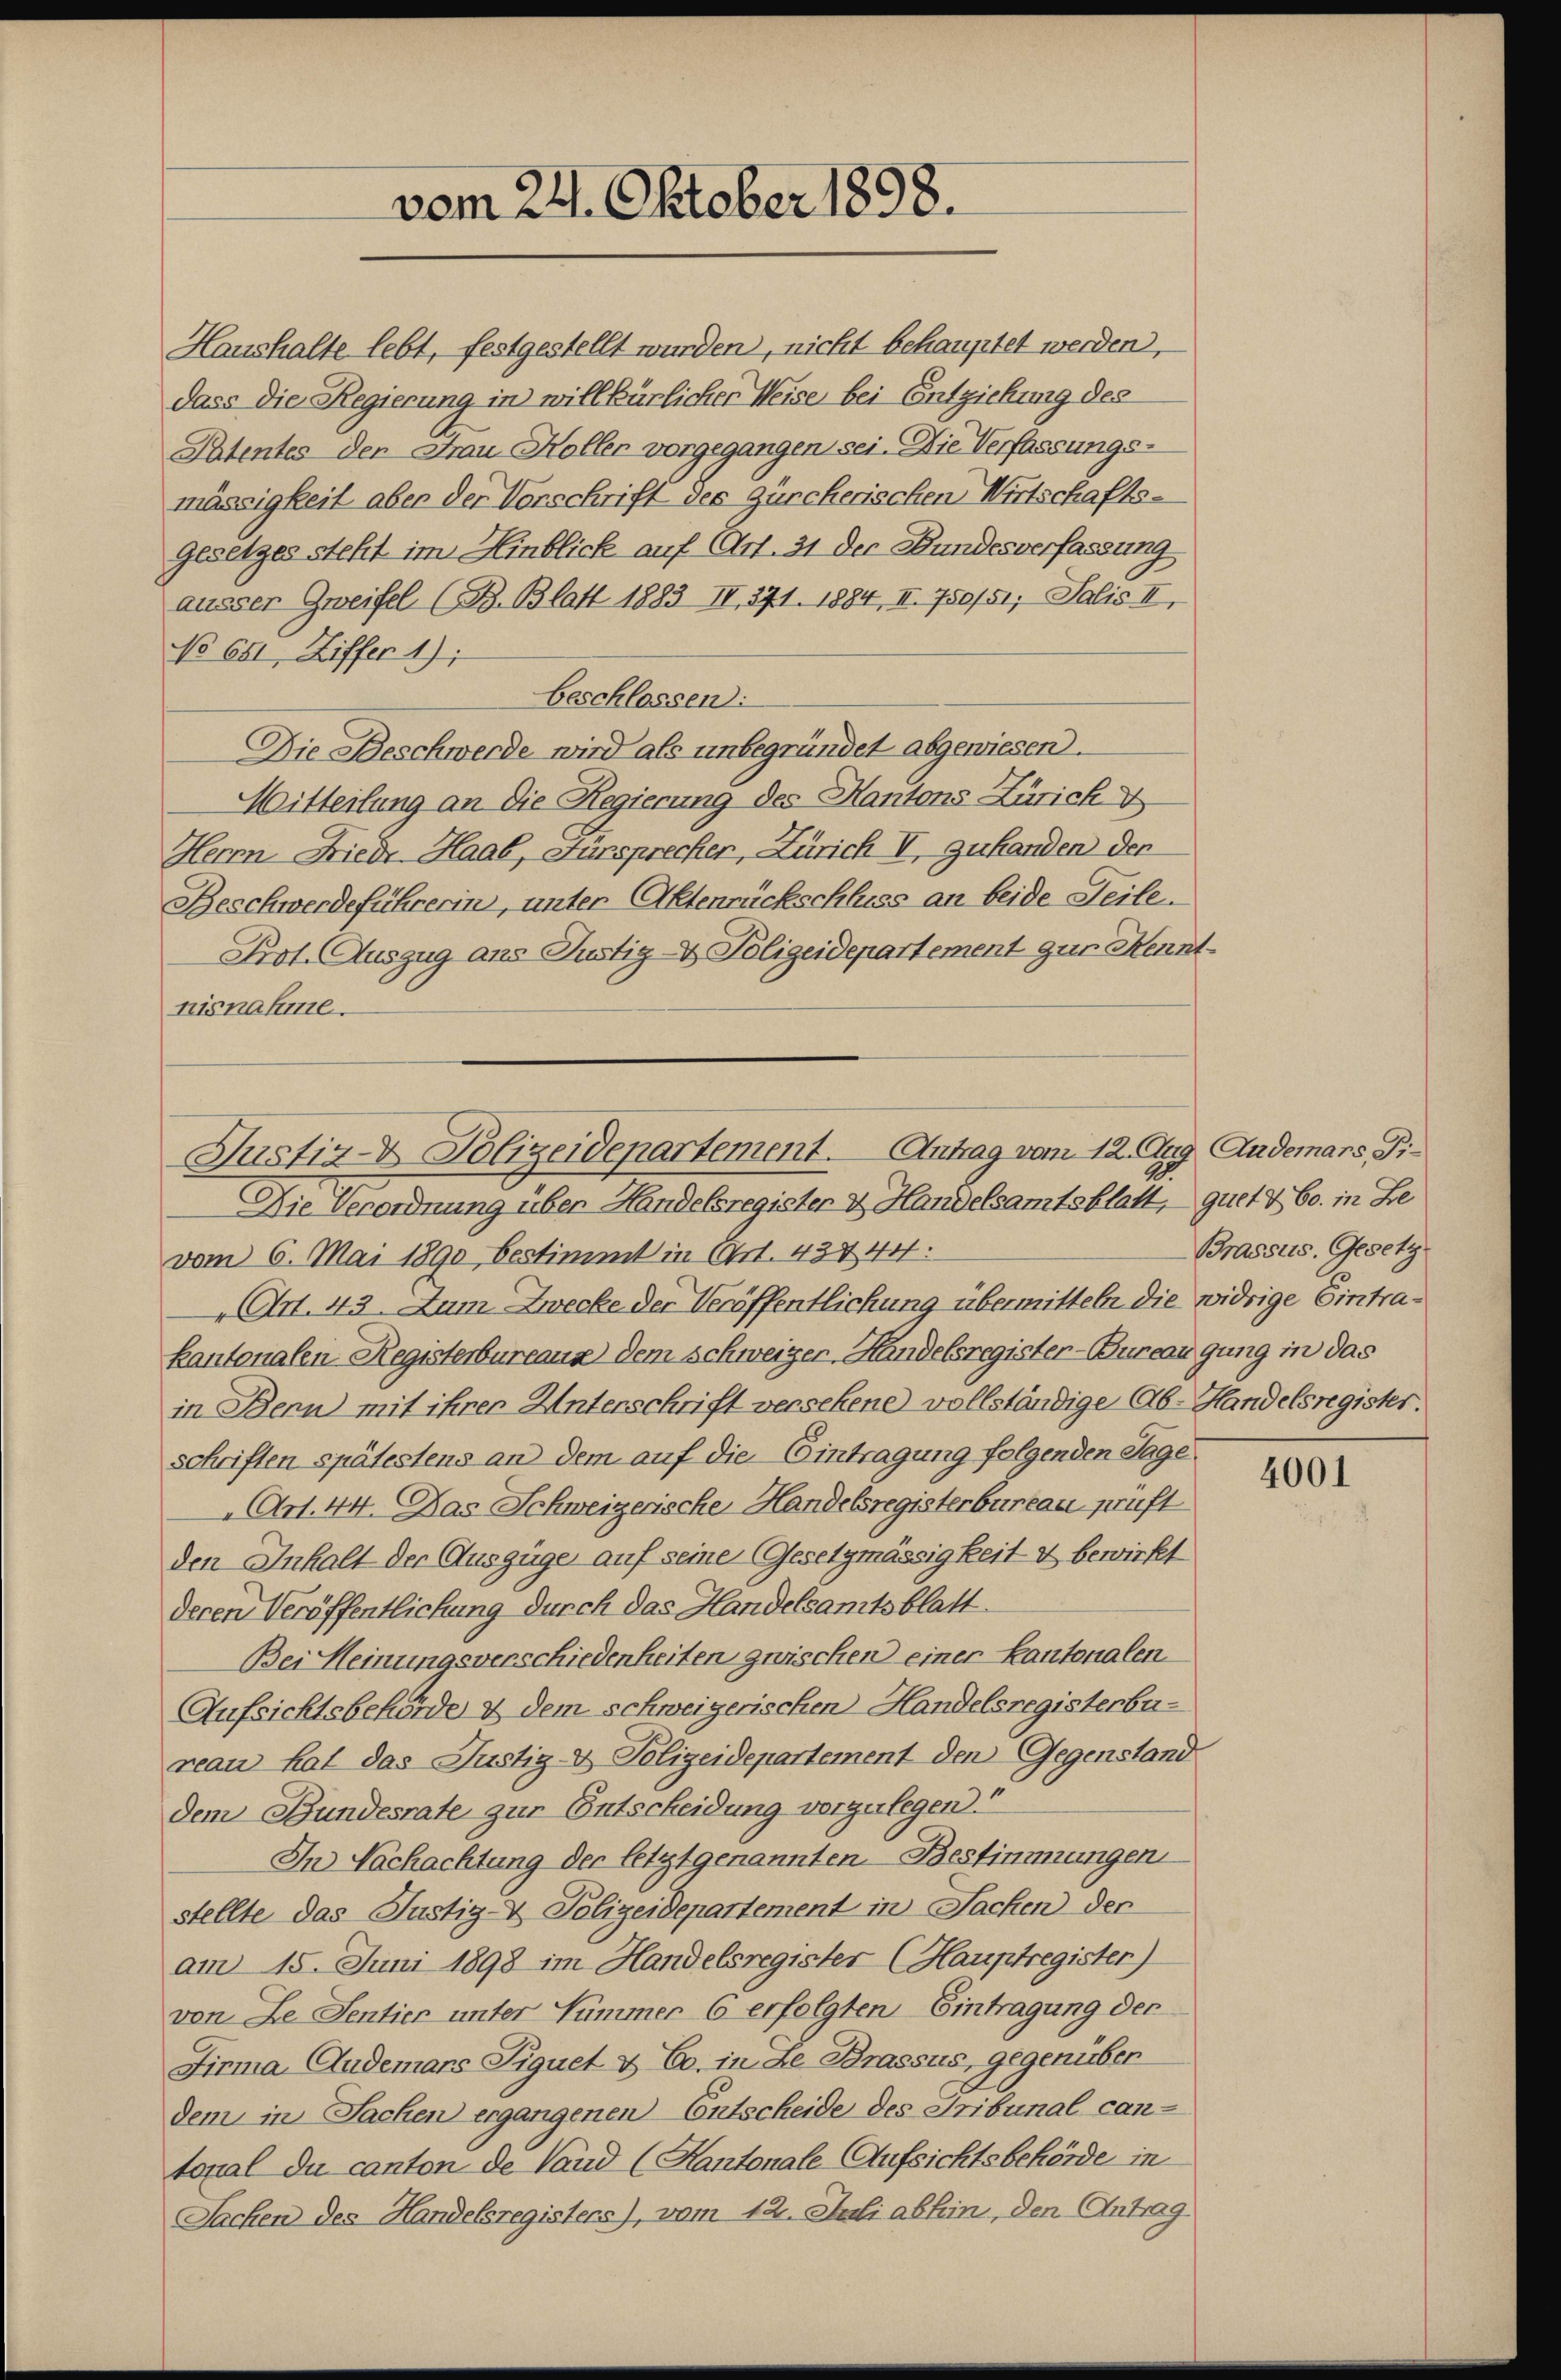
vom 24. Oktober 1898.

Haushalte lebt, festgestellt wurden, nicht behauptet werden,
dass die Regierung in willkürlicher Weise bei Entziehung des
Patentes der Frau Koller vorgegangen sei. Die Verfassungs-
mässigkeit aber der Vorschrift des Zürcherischen Wirtschafts-
gesetzes steht im Hinblick auf (Art. 31 der Bundesverfassung
äusser Zweifel (B. Blatt 1883 II, 371. 1884, II. 750/51; Salis II,
No 681, Ziffer 1),
beschlossen:
Die Beschwerde wird als unbegründet abgewiesen.
Mitteilung an die Regierung des Hantons Zürich
Herrn Friedr. Haab, Fürsprecher, Zürich I, zuhanden den
Beschwerdeführerin, unter Aktenrückschluss an beide Teile.
Prot. Auszug ans Justiz- & Polizeidepartement zur Kennt
nisnahme.
Die Verordnung über Handelsregister & Handelsamtsblatt, quet & Co. in Le
vom 6. Mai 1890 bestimmt in Art. 434 44:
 Art. 43. Zum Zwecke der Veröffentlichung übermitteln die widrige Eintrakantonalen Registerbureaus dem Schweizer-Handelsregister-Bureau gung in das
in Denn mit ihrer Unterschrift versehene vollständige Ab-Handelsregister.
schriften spätestens an dem auf die Eintragung folgenden Tage
Art. 44. Das Schweizerische Handelsregisterbureau prüft
den Inhalt der Auszüge auf seine Gesetzmässigkeit & bewirkt
deren Veröffentlichung durch das Handelsamtsblatt.
Bei Meinungsverschiedenheiten zwischen einer Kantonalen
Aufsichtsbehörde & dem schweigerischen Handelsregisterbureau hat das Justiz- & Polizeidepartement den Gegenstand
dem Bundesrate zur Entscheidung vorzulegen.“
In Nachachtung der letztgenannten Bestimmungen
stellte das Justiz- & Polizeidepartement in Sachen der
am 15. Juni 1898 im Handelsregister (Hauptregister)
von Ze Sentier unter Summer 6 erfolgten Eintragung der
Firma Audemars Siquet & Co. in Le Brassus, gegenüber
dem in Sachen ergangenen Entscheide des Tribunal can-
tonal du canton de Land (Kantonale Aufsichtsbehörde in
Sachen des Handelsregisters), vom 12. Juli allein, den Antrag

Justiz- & Polizeidepartement. Antrag vom 12. Aug. Andemars, Ti¬

Brassus. Gesetz

4001